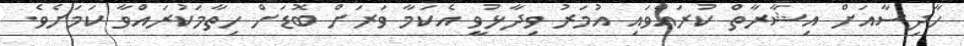
ހާދިސާއަށް އިޝާރާތް ކުރައްވައި އުމަރު ވިދާޅުވީ އެކަމާ ވަރަށް ބޮޑަށް ހިތާމަކުރައްވާ ކަމަށެވެ.